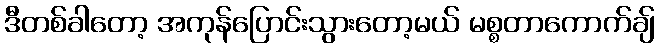
ဒီတစ်ခါတော့ အကုန်ပြောင်းသွားတော့မယ် မစ္စတာကောက်ချ်